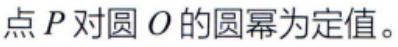
点\(P\)对圆\(O\)的圆幂为定值。